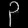
Digit: ၃